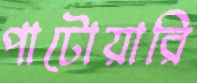
পাটোয়ারি